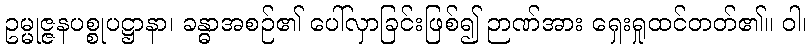
ဥမ္မုဇ္ဇနပစ္စုပဋ္ဌာနာ၊ ခန္ဓာအစဉ်၏ ပေါ်လှာခြင်းဖြစ်၍ ဉာဏ်အား ရှေးရှုထင်တတ်၏။ ဝါ၊